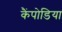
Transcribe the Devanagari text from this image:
कैंपोडिया